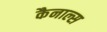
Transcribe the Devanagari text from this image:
कैनाल्स